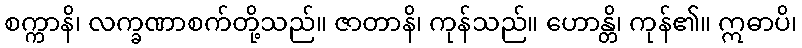
စက္ကာနိ၊ လက္ခဏာစက်တို့သည်။ ဇာတာနိ၊ ကုန်သည်။ ဟောန္တိ၊ ကုန်၏။ ဣဓာပိ၊